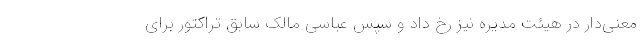
معنی‌دار در هیئت مدیره نیز رخ داد و سپس عباسی مالک سابق تراکتور برای